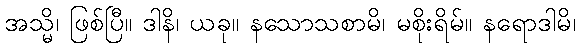
အသ္မိ၊ ဖြစ်ပြီ။ ဒါနိ၊ ယခု။ နသောသစာမိ၊ မစိုးရိမ်။ နရောဒါမိ၊